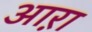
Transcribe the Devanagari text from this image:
आऱा